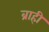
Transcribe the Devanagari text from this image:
ब्राही